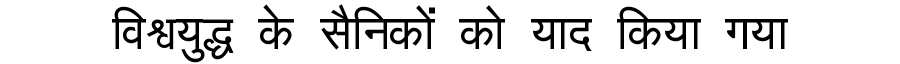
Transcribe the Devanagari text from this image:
विश्वयुद्ध के सैनिकों को याद किया गया